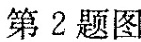
第2题图